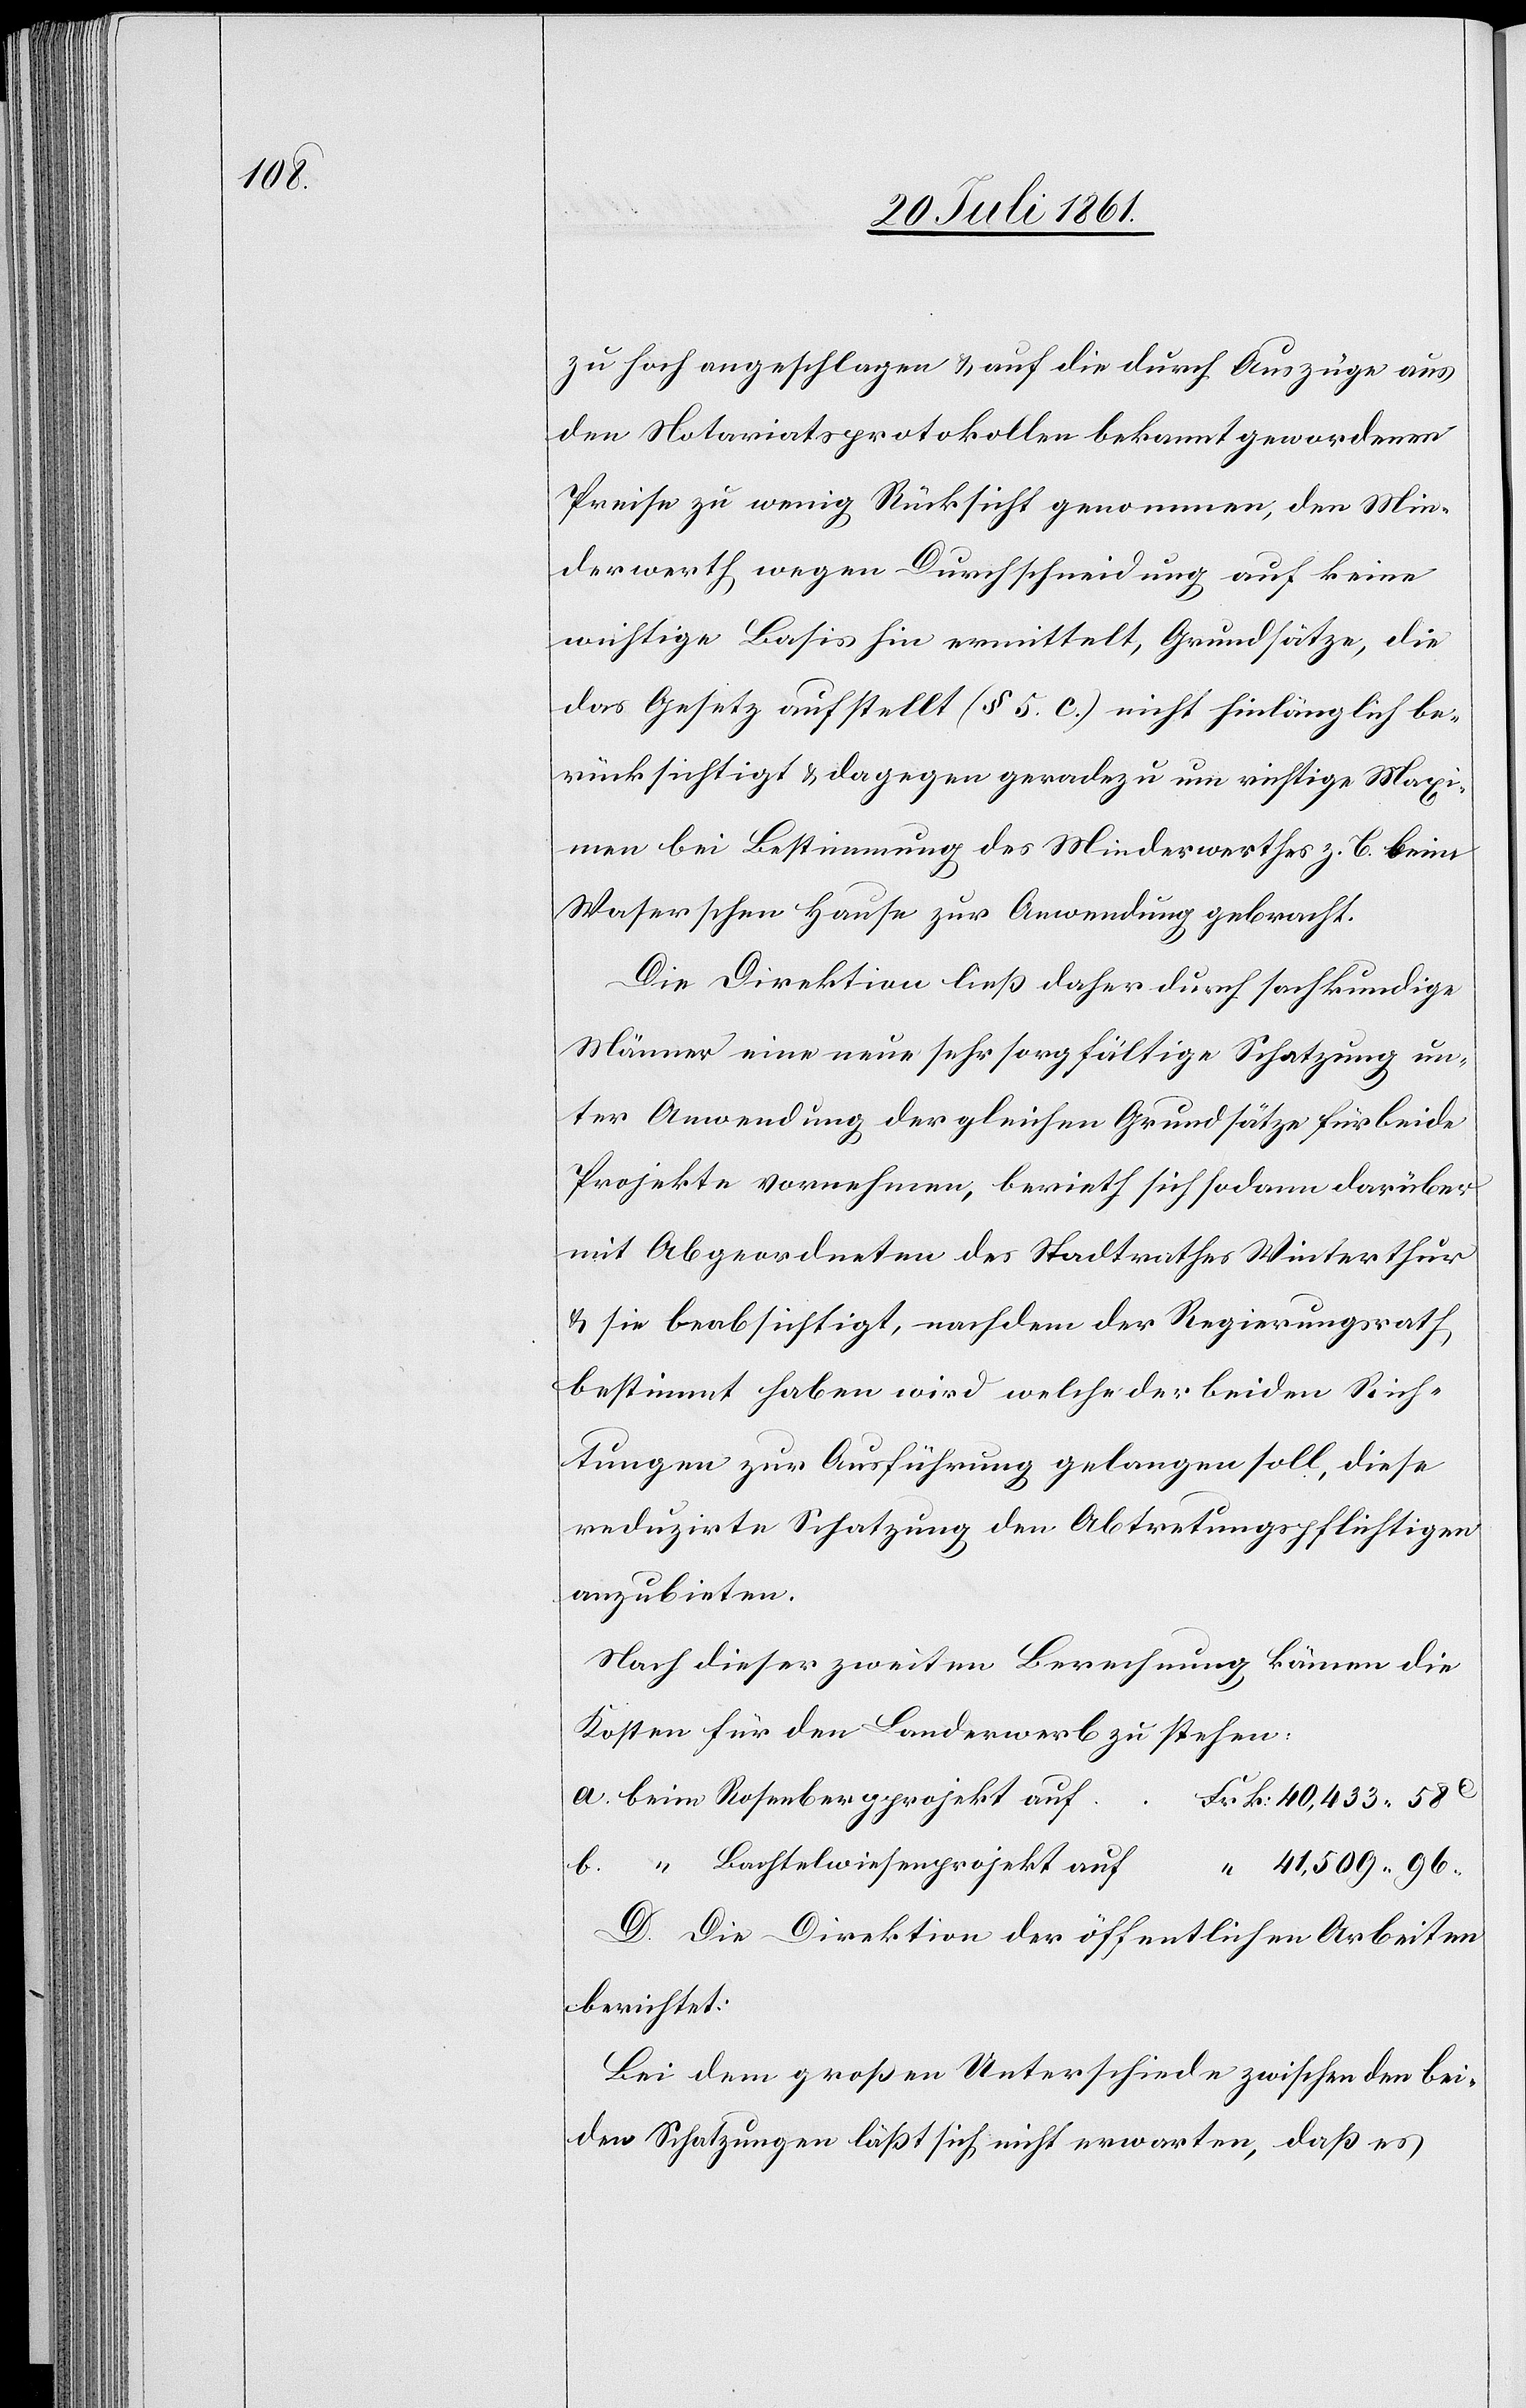
zu hoch angeschlagen u. auf die durch Auszüge aus
den Notariatsprotokollen bekannt gewordenen
Preise zu wenig Rücksicht genommen, den Min¬
derwerth wegen Durchschneidung auf keine
wichtige Basis hin ermittelt, Grundsätze, die
das Gesetz aufgestellt (§ 5. C.) nicht hinlänglich be¬
rücksichtigt u. dagegen geradezu um richtige Maxi¬
men bei Bestimmung des Minderwerthes z. B. beim
Waserschen Hause zur Anwendung gebracht.
Die Direktion ließ daher durch sachkundige
Männer eine neue sehr sorgfältige Schatzung un¬
ter Anwendung dergleichen Grundsätze für beide
Projekte vornehmen, berieth sich sodann darüber
mit Abgeordneten des Stadtrathes Winterthur
u. sie beabsichtigt, nachdem der Regierungsrath
bestimmt haben wird welche der beiden Rich¬
tungen zur Ausführung gelangen soll, diese
reduzirte Schatzung den Abtretungspflichtigen
anzubieten.
Nach dieser zweiten Berechnung kämen die
Kosten für den Landerwerb zu stehen.
a. beim Rosenbergprojekt
b.
41,509.96
D. Die Direktion der öffentlichen Arbeiten
berichtet:
Bei dem großen Unterschiede zwischen den bei¬
den Schatzungen läßt sich nicht erwarten, daß es